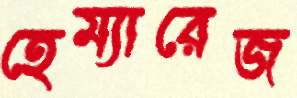
হেম্যারেজ